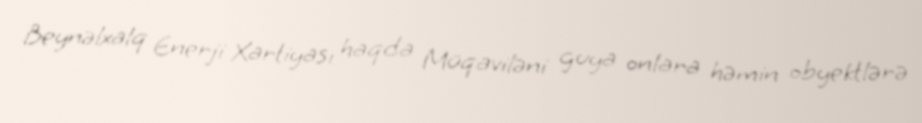
Beynəlxalq Enerji Xartiyası haqda Müqaviləni guya onlara həmin obyektlərə